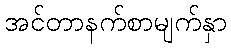
အင်တာနက်စာမျက်နှာ